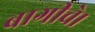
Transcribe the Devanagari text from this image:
बागीचे।